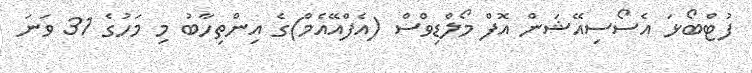
ފުޓްބޯޅަ އެސޯސިއޭޝަން އޮފް މޯލްޑިވްސް (އެފްއޭއެމް)ގެ އިންތިހާބު މި މަހުގެ 31 ވަނަ